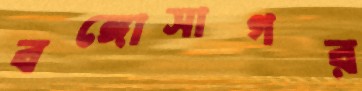
বঙ্গোসাগর